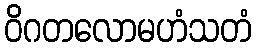
ဝိဂတလောမဟံသတံ